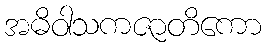
အဓိဝါသကဇာတိကော